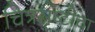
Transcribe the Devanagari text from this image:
चित्रसृष्टीचा